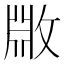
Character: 𫿆